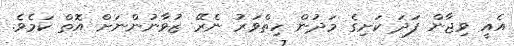
އެއީ ވިޖާން ފަދަ ކަށިގެ މަދުން ހިތްވަރު ނެރޭ ޒުވާނުންނަށް އޮތް ކަމެވެ.